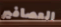
العصافير